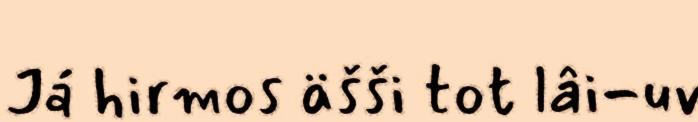
Já hirmos äšši tot lâi-uv